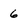
Character: 6